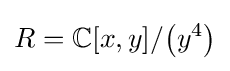
R=\mathbb {C} [x,y]/\!\left(y^{4}\right)